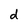
Character: d